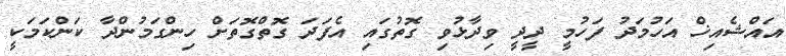
އައްޝެއިޚް އަހުމަދު ފަހުމީ ދީދީ ވިދާޅުވި ގޮތުގައި އެފަދަ ގޮތްގޮތަށް ހިންގަމުންދާ ކަންކަމަކީ